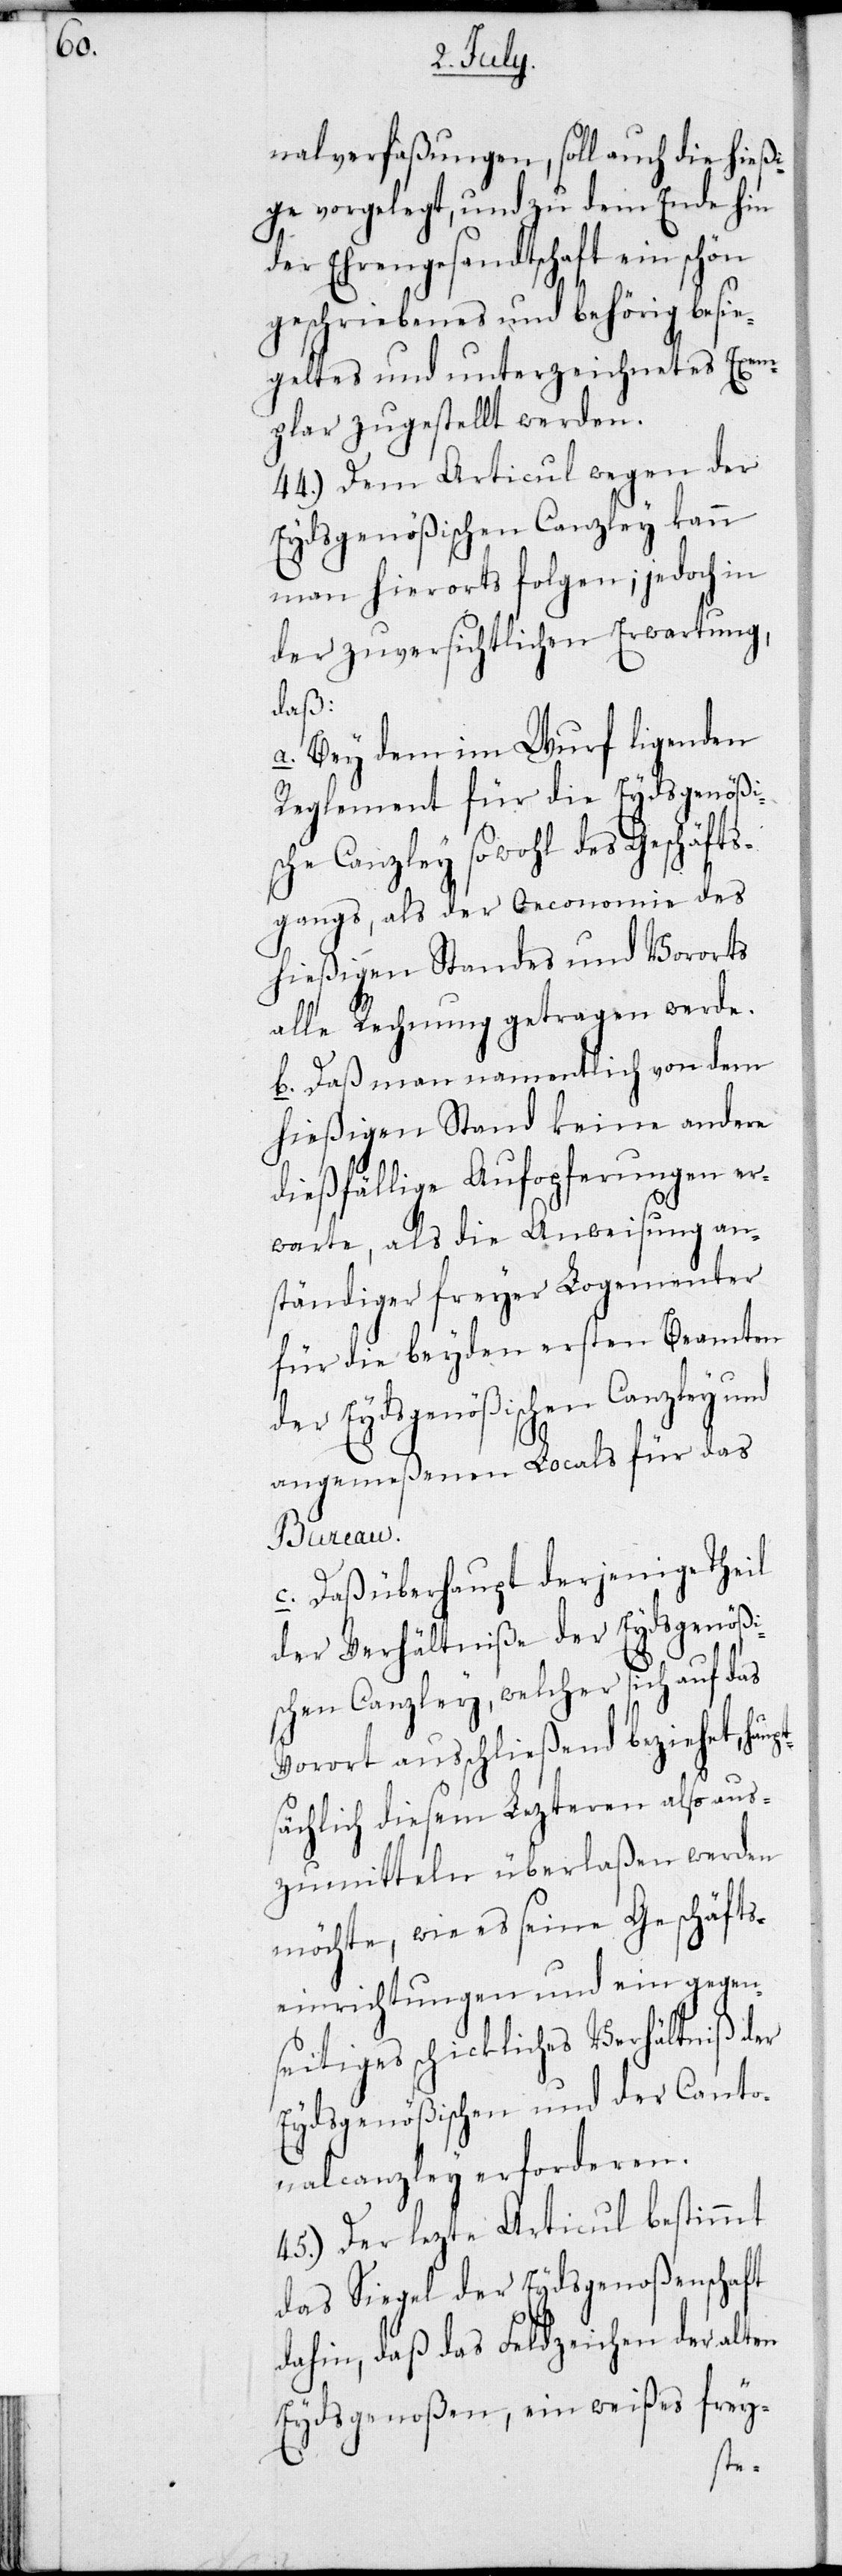
nalverfaßungen, soll auch die hießi¬
ge vorgelegt, und zu dem Ende hin
der Ehrengesandtschaft ein schön
geschriebenes und behörig besie¬
geltes und unterzeichnetes Exem¬
plar zugestellt werden.
44.) Dem Articul wegen der
Eydsgenößischen Canzley kann
man hierorts folgen; jedoch in
der zuversichtlichen Erwartung
daß:
a. Bey dem im Wurf ligenden
Reglement für die Eydsgenößis¬
che Canzley sowohl des Geschäfts¬
gangs, als der Oeconomie des
hießigen Standes und Vororts
alle Rechnung getragen werde.
b. Daß man namentlich von dem
hießigen Stand keine andere
dießfällige Aufopferungen er¬
warte, als die Anweisung an¬
ständiger freyer Logementer
für die beyden ersten Beamten
der Eydsgenößischen Canzley und
angemeßenen Locals für das
Bureau.
c. Das überhaupt derjenige Theil
der Verhältniße der Eydsgenößi¬
schen Canzley, welcher sich auf das
Vorort ausschließend beziehet, hau¬
ächlich diesem Lezteren also aus¬
zumitteln überlaßen werden
möchte, wie es seine Geschäfts¬
einrichtungen und ein gegen¬
seitiges schickliches Verhältniß der
Eydsgenößischen und der Canto¬
nalcanzley erforderen.
45.) Der lezte Articul bestimmt
das Siegel der Eydsgenoßenschaft
dahin, daß das Feldzeichen der alten
Eydsgenoßen, ein weißes frey-
pts¬